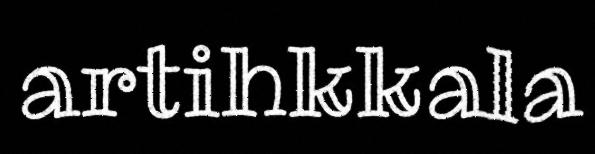
artihkkala